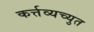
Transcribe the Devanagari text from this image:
कर्त्तव्यच्युत